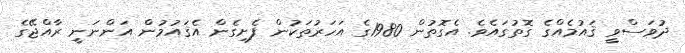
ދުވަސްވީ ޤައުމެއްގެ ގޮތުގައެވެ. އެގޮތުން 1980ގެ އަހަރުތަކުން ފެށިގެން އެޤައުމުން އަންނަނީ ރާއްޖޭގެ